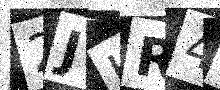
Text: 2JHR4F